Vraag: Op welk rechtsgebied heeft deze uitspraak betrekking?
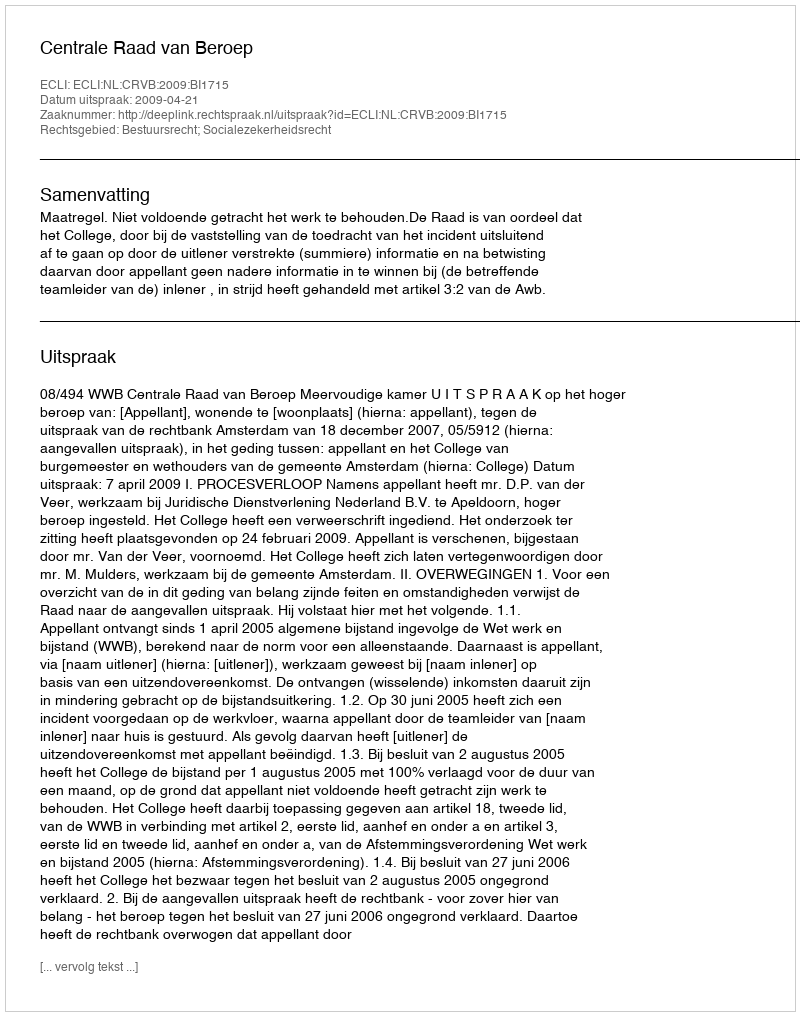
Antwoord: Bestuursrecht; Socialezekerheidsrecht